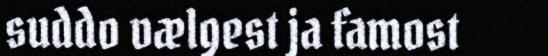
suddo vælgest ja famost